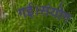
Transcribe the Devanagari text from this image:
गई।संयोग